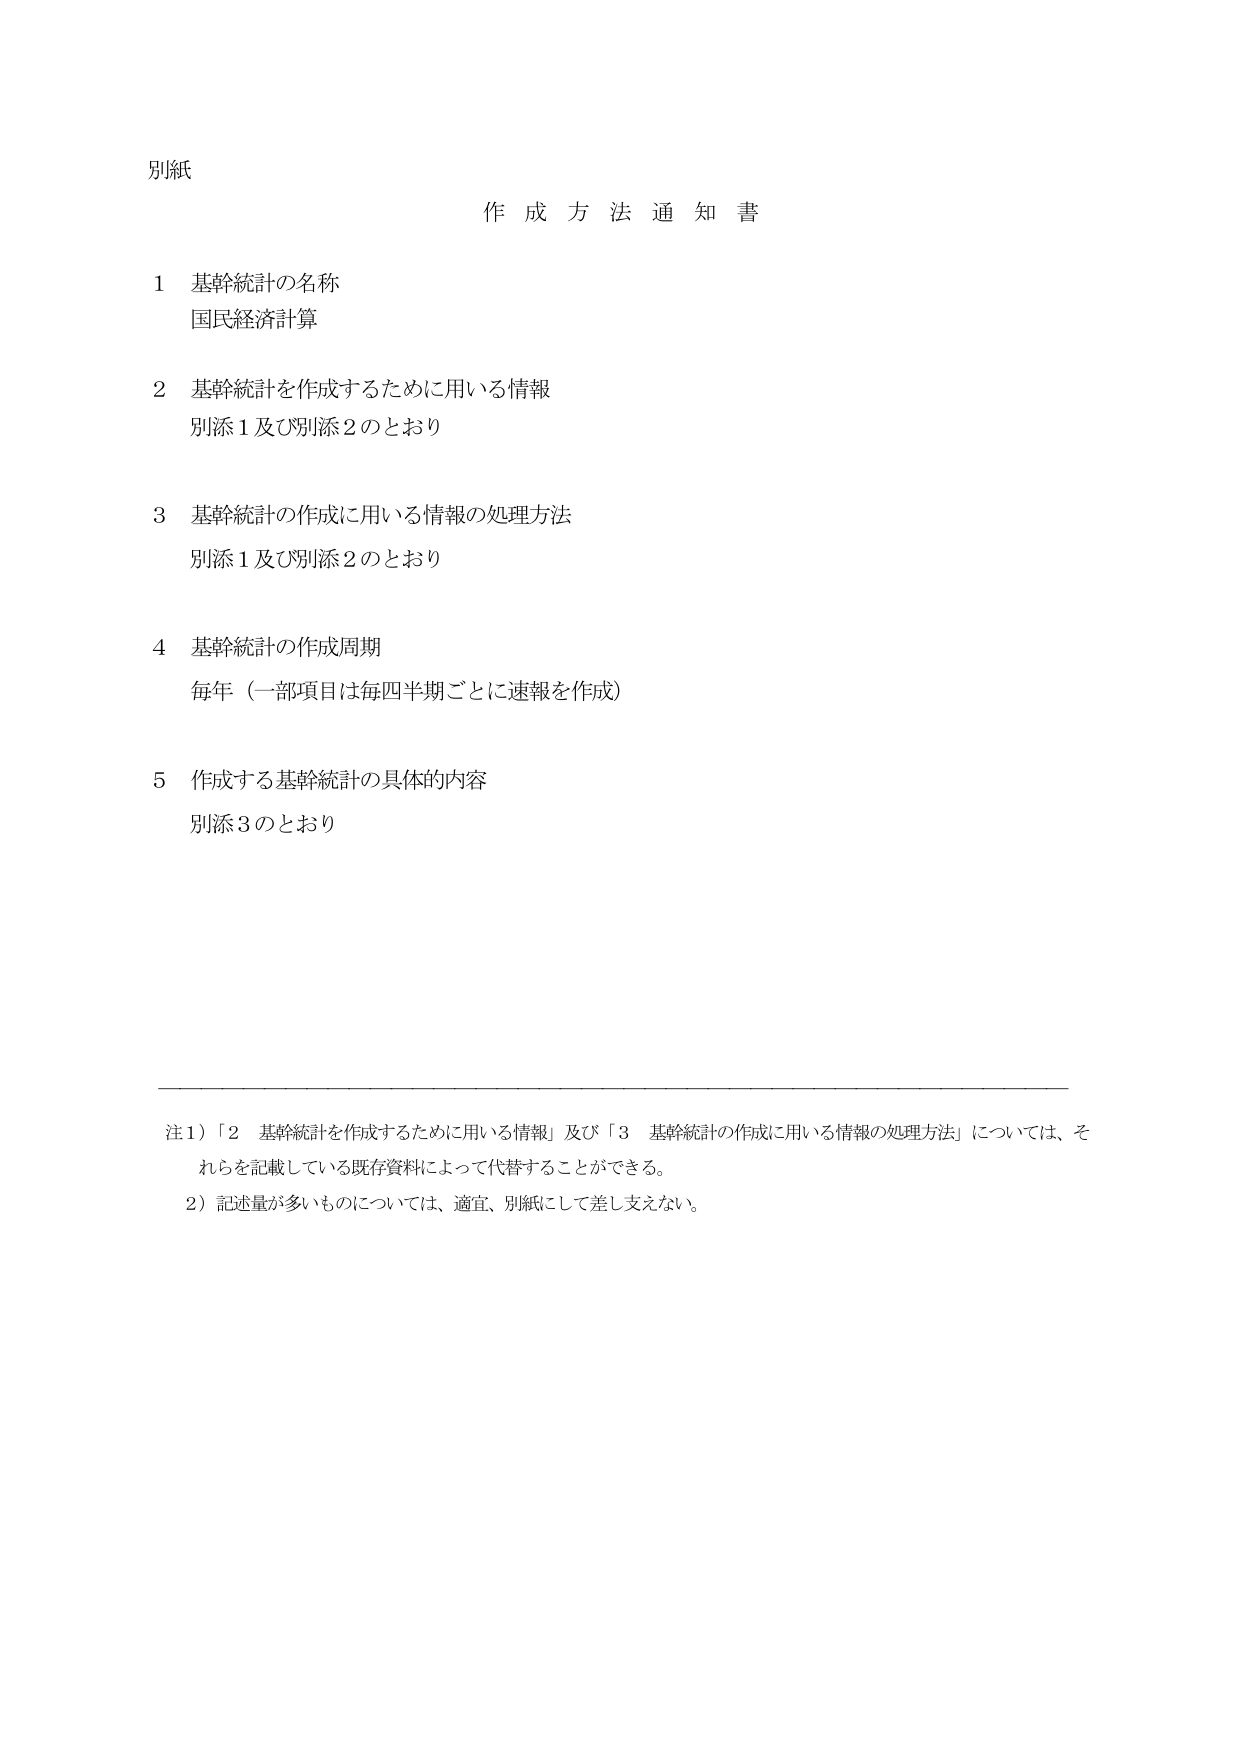
別紙

作成方法通知書

1 基幹統計の名称
国民経済計算

2 基幹統計を作成するために用いる情報
別添1及び別添2のとおり

3 基幹統計の作成に用いる情報の処理方法
別添1及び別添2のとおり

4 基幹統計の作成周期
毎年（一部項目は毎四半期ごとに速報を作成）

5 作成する基幹統計の具体的内容
別添3のとおり

注1）「2 基幹統計を作成するために用いる情報」及び「3 基幹統計の作成に用いる情報の処理方法」については、それらを記載している既存資料によって代替することができる。
2）記述量が多いものについては、適宜、別紙にして差し支えない。